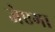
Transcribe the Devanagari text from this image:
जेएगा